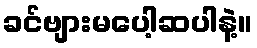
ခင်ဗျားမပေါ့ဆပါနဲ့။